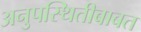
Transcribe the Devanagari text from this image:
अनुपस्थितीबाबत